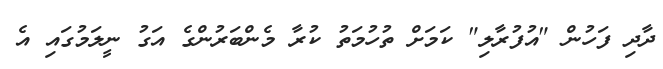
ދާދި ފަހުން "އުފުރާލި" ކަމަށް ތުހުމަތު ކުރާ މެންބަރުންގެ އަގު ނީލަމުގައި އެ